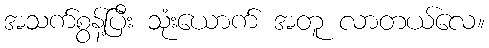
အသက်စွန့်ပြီး သုံးယောက် အတူ လာတယ်လေ။